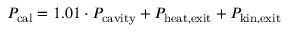
P _ { \mathrm { c a l } } = 1 . 0 1 \cdot P _ { \mathrm { c a v i t y } } + P _ { \mathrm { h e a t , e x i t } } + P _ { \mathrm { k i n , e x i t } }